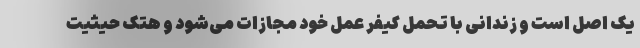
یک اصل است و زندانی با تحمل کیفر عمل خود مجازات می‌شود و هتک حیثیت